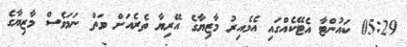
05:29 ކައުންޓާ އެޓޭކެއްގައި އެމެއިރު މާޒިޔާގެ އޭރިޔާ ތެރެއަށް ވަތް ނަމަވެސް މާޒިޔާގެ